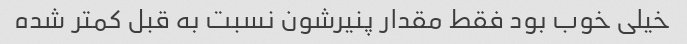
خیلی خوب بود فقط مقدار پنیرشون نسبت به قبل کمتر شده